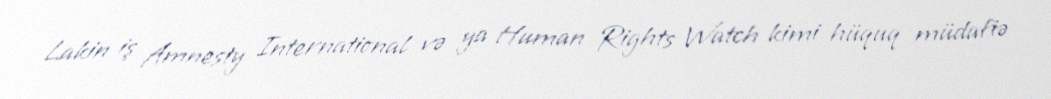
Lakin iş Amnesty International və ya Human Rights Watch kimi hüquq müdafiə